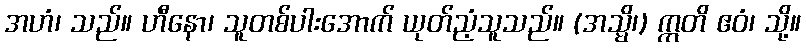
အဟံ၊ သည်။ ဟီနော၊ သူတစ်ပါးအောက် ယုတ်ညံ့သူသည်။ (အသ္မိ၊) ဣတိ ဧဝံ၊ သို့။